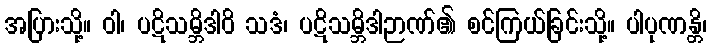
အပြားသို့။ ဝါ၊ ပဋိသမ္ဘိဒါဝိ သဒံ၊ ပဋိသမ္ဘိဒါဉာဏ်၏ စင်ကြယ်ခြင်းသို့။ ပါပုဏန္တိ၊